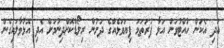
އަދި އެކަން ހުއްޓުވަން އަޅާ ފުރަތަމަ ފިޔަވަޅެއްގެ ދަށުން ރިލޯޑްކޮށްދިނުމަށް އެދި އޮޅުވާލައިގެން